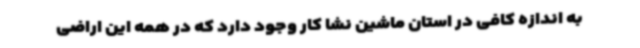
به اندازه کافی در استان ماشین نشا کار وجود دارد که در همه این اراضی